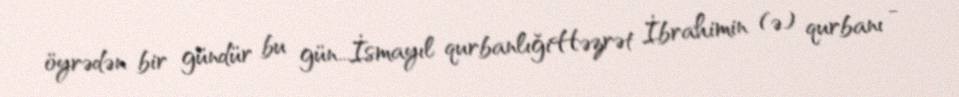
öyrədən bir gündür bu gün...İsmayıl qurbanlığıHəzrət İbrahimin (ə) qurbanı -